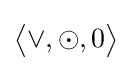
{\bigl \langle }\lor ,\odot ,0{\bigr \rangle }